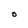
Character: O